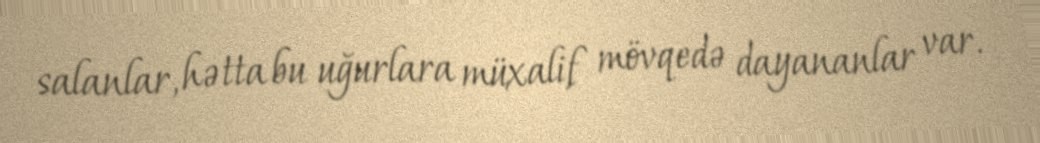
salanlar, hətta bu uğurlara müxalif mövqedə dayananlar var.